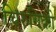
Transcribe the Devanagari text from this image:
चिरुगिको